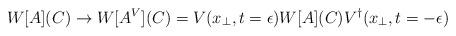
LaTeX: \begin{align*}W [A] (C) \rightarrow W [A^V ] (C) =V (x_{\perp } , t=\epsilon ) W [A] (C) V^{\dagger } (x_{\perp } , t=-\epsilon )\end{align*}